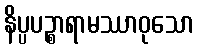
နိပ္ပပဉ္စာရာမဿာဝုသော